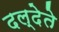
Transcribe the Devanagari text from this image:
दल्देते